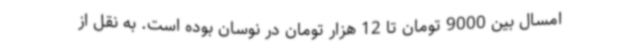
امسال بین 9000 تومان تا 12 هزار تومان در نوسان بوده است. به نقل از